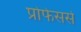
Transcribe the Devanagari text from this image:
प्रोफेसर्स